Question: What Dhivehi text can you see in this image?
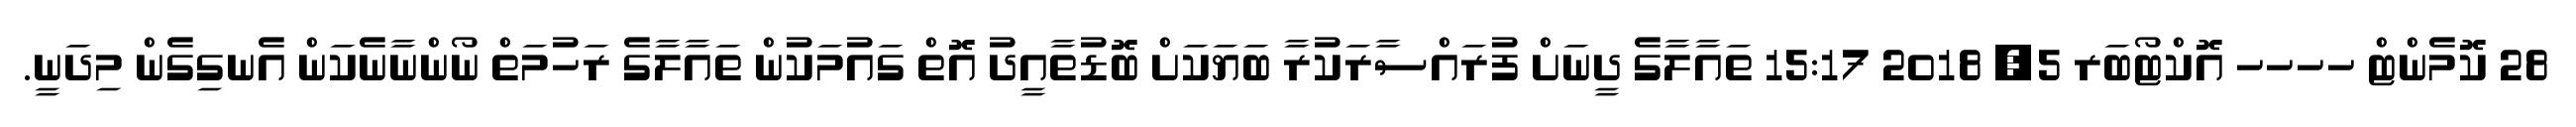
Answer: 28 ކޮމެންޓް ހހހހ އޮކްޓޯބަރ 5, 2018 15:17 ތައާލާގެ ދީނަށް ފުރައްސާރަކުރާ ބަޔަކަށް ބޮޑުތާއީދު އޮތް ގައުމަކުން ތައާލާގެ ރަހުމަތް ނޯންނާނެކަން އެނގިގެން މިދަނީ.